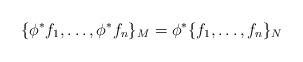
LaTeX: \begin{align*} \{\phi^*f_1, \ldots, \phi^*f_n\}_M = \phi^* \{f_1, \ldots, f_n\}_N\end{align*}